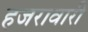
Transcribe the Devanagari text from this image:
हजरावारी